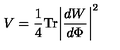
V = { \frac { 1 } { 4 } } \mathrm { T r } \biggl | { \frac { d W } { d \Phi } } \biggr | ^ { 2 }